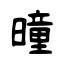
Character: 曈